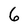
Character: 6